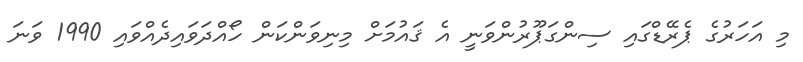
މި އަހަރުގެ ޕެރޭޑްގައި ސިންގަޕޫރުންވަނީ އެ ޤައުމަށް މިނިވަންކަން ހޯއްދަވައިދެއްވައި 1990 ވަނަ